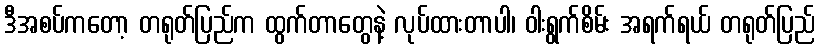
ဒီအစပ်ကတော့ တရုတ်ပြည်က ထွက်တာတွေနဲ့ လုပ်ထားတာပါ၊ ဝါးရွက်စိမ်း အရက်ရယ် တရုတ်ပြည်